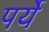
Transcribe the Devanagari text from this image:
पर्ये